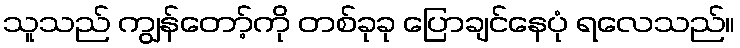
သူသည် ကျွန်တော့်ကို တစ်ခုခု ပြောချင်နေပုံ ရလေသည်။